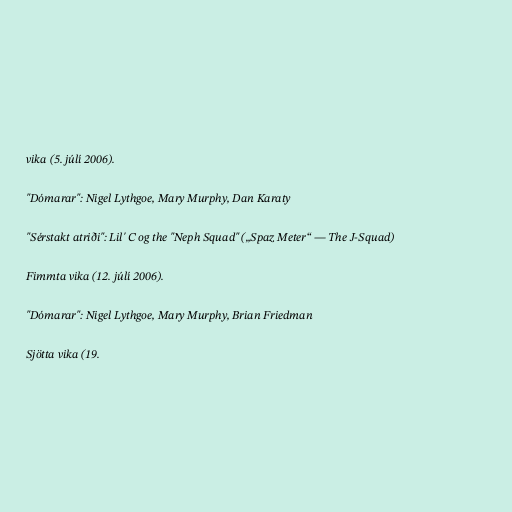
vika (5. júlí 2006).

"Dómarar": Nigel Lythgoe, Mary Murphy, Dan Karaty

"Sérstakt atriði": Lil' C og the "Neph Squad" („Spaz Meter“ — The J-Squad)

Fimmta vika (12. júlí 2006).

"Dómarar": Nigel Lythgoe, Mary Murphy, Brian Friedman

Sjötta vika (19.